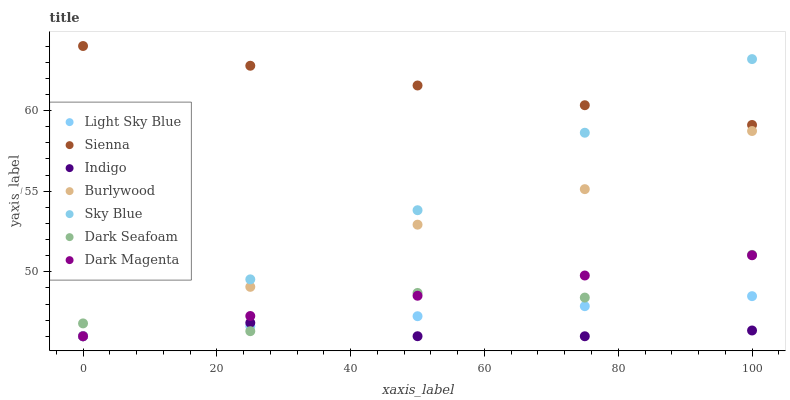
| xaxis_label | Light Sky Blue | Sienna | Indigo | Burlywood | Sky Blue | Dark Seafoam | Dark Magenta |
 | --- | --- | --- | --- | --- | --- | --- | --- |
 | 0 | 46 | 64 | 46 | 46 | 46 | 46.8 | 46 |
 | 25 | 46.6 | 62.8 | 46.8 | 49.1 | 49.5 | 46.3 | 47.3 |
 | 50 | 47.2 | 61.6 | 46 | 52.9 | 53.8 | 48.7 | 48.5 |
 | 75 | 47.9 | 60.3 | 46 | 55.1 | 58.6 | 48.4 | 49.8 |
 | 100 | 48.5 | 59.1 | 46.4 | 58.7 | 63.2 | 51 | 51 |